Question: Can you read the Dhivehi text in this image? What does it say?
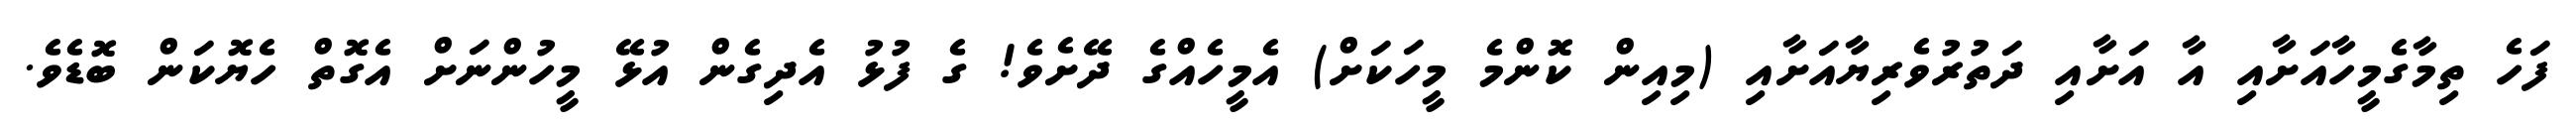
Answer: ފަހެ ތިމާގެމީހާއަށާއި އާ އަށާއި ދަތުރުވެރިޔާއަށާއި (މިއިން ކޮންމެ މީހަކަށް) އެމީހެއްގެ ދޭށެވެ! ގެ ފުޅު އެދިގެން އުޅޭ މީހުންނަށް އެގޮތް ހެޔޮކަން ބޮޑެވެ.